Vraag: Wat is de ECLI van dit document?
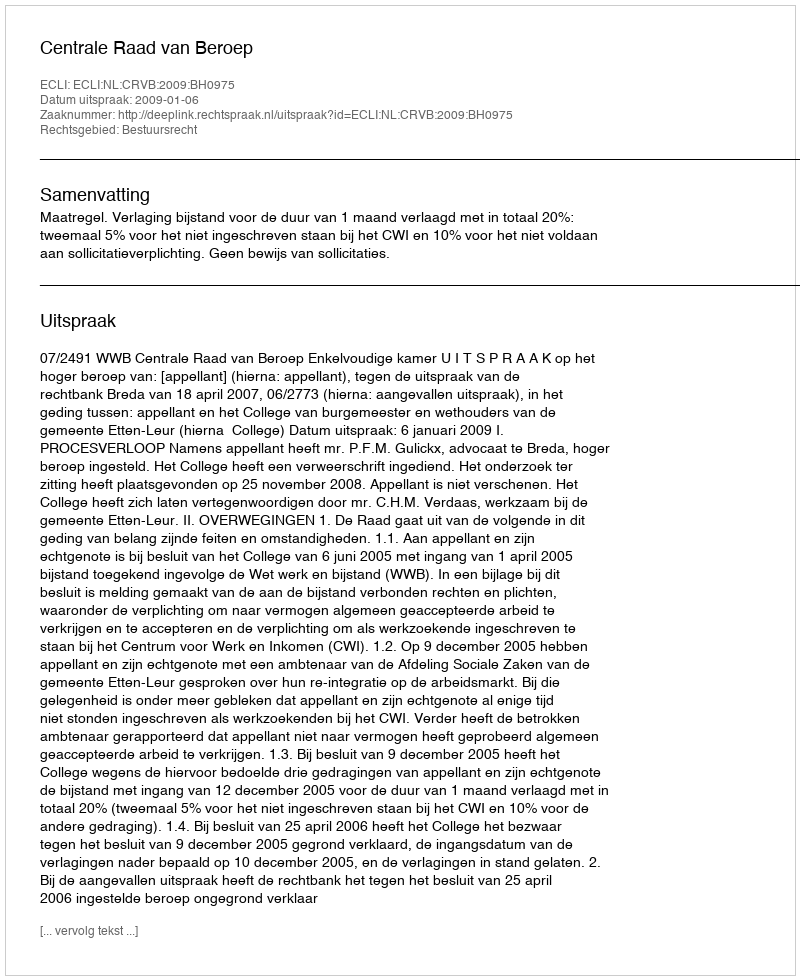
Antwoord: ECLI:NL:CRVB:2009:BH0975